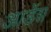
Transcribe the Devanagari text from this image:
आर्डेश